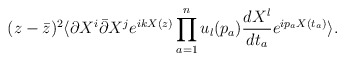
\begin{align*}(z-\bar{z})^2 \langle\partial X^i \bar{\partial} X^j e^{ikX(z)}\prod_{a=1}^n u_l (p_a) \frac{dX^l}{dt_a} e^{i p_a X(t_a)}\rangle.\end{align*}